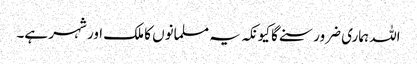
اللہ ہماری ضرور سنے گا کیونکہ یہ مسلمانوں کا ملک اور شہر ہے۔